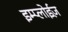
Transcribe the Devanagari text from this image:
इम्प्लोईज़